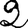
Digit: 2